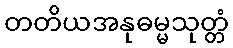
တတိယအနုဓမ္မသုတ္တံ